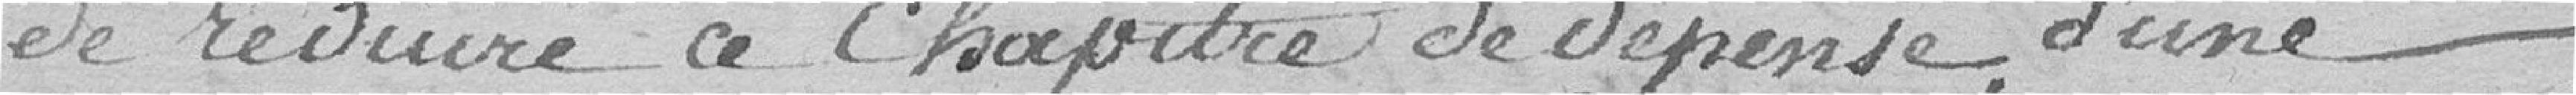
de réduire ce chapitre de dépense, d'une